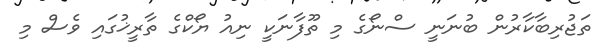
ތަޖުރިބާކާރުން ބުނަނީ ސްނޯގެ މި ތޫފާނަކީ ނިއު ޔޯކްގެ ތާރީޚުގައި ވެސް މި